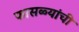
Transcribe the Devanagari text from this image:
फासळ्यांची